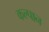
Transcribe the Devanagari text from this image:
कल्पान